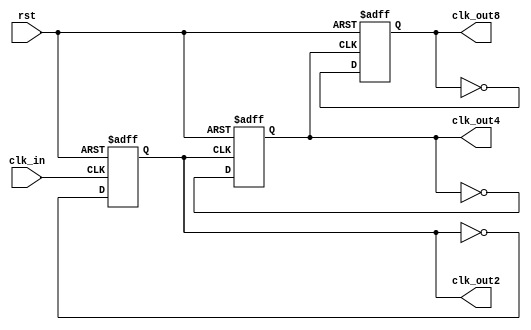
// ======================================================================
// Affiliation:			Tsinghua Univ
// Module Name:			even_div
// Description:			even_div
// Additional Comments:	VL37 on nowcoder
// ======================================================================

`timescale 1ns/1ns

module even_div (
	input	wire				rst,
	input	wire				clk_in,
	output	wire				clk_out2,
	output	wire				clk_out4,
	output	wire				clk_out8
);

reg					clk_out2_reg;
reg					clk_out4_reg;
reg					clk_out8_reg;

assign	clk_out2  =  clk_out2_reg;
assign	clk_out4  =  clk_out4_reg;
assign	clk_out8  =  clk_out8_reg;

always @(posedge clk_in or negedge rst) begin
	if (~rst) begin
		clk_out2_reg <= 1'b0;
	end
	else begin
		clk_out2_reg <= ~clk_out2_reg;
	end
end

always @(posedge clk_out2 or negedge rst) begin
	if (~rst) begin
		clk_out4_reg <= 1'b0;
	end
	else begin
		clk_out4_reg <= ~clk_out4_reg;
	end
end

always @(posedge clk_out4 or negedge rst) begin
	if (~rst) begin
		clk_out8_reg <= 1'b0;
	end
	else begin
		clk_out8_reg <= ~clk_out8_reg;
	end
end

endmodule